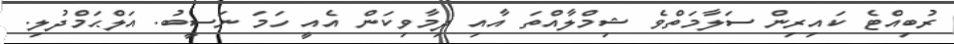
ރުބިއްޓެ ކައިރިން ސަލާމަތްވެ ޝިމްލާއްތަ އާއި ދިމާވިކަން އެއީ ހަމަ ނަސީބު. އަލްޙަމްދުލި.